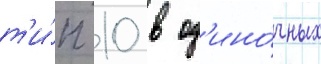
т'и́п 10 в од'ино́чных